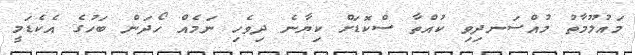
މައުލޫމާތު މުއްސަނދިވި ކުއްތާ ސްކޮޑަށް ކިޔާނެ ދިވެހި ނަމެއް ހޯދަން ބަހުގެ އެކެޑަމީ